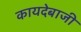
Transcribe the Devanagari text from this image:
कायदेबाजी